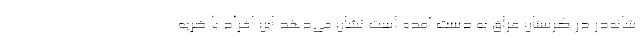
شانه‌در در کرستان عراق به دست آمده است نشان می‌دهد این افراد با ضربه